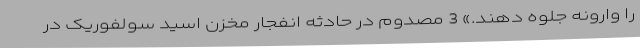
را وارونه جلوه دهند.» 3 مصدوم در حادثه انفجار مخزن اسید سولفوریک در